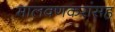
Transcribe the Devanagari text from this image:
मालवणकरांसह